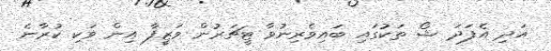
އަދި އެފަދަ ޝޯ ތަކުގައި ބައިވެރިނުވާ ޓީޗަރުން ވަޒީފާ އިން ވަކި ކުރާނެ